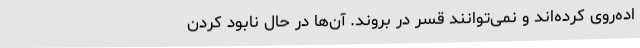
اده‌روی کرده‌اند و نمی‌توانند قسر در بروند. آن‌ها در حال نابود کردن